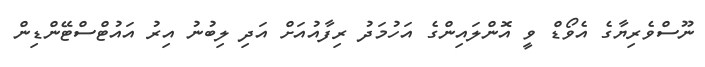
ނޫސްވެރިޔާގެ އެވޯޑް ވީ އޮންލައިންގެ އަހުމަދު ރިފާއުއަށް އަދި ލިބުނު އިރު އައުޓްސްޓޭންޑިން